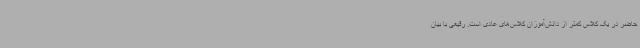
حاضر در یک کلاس کمتر از دانش‌آموزان کلاس‌های عادی است. رفیعی با بیان